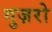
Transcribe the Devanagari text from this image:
गुज़रो